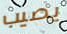
يصيب